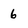
Character: 6